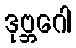
ဒုဗ္ဘဂေါ